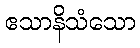
ဧသာနိသံသော